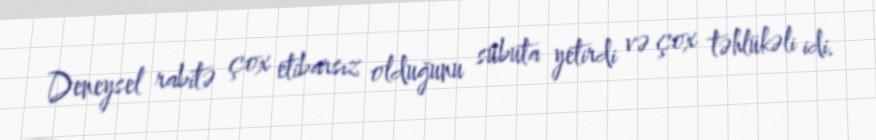
Deneysel rabitə çox etibarsız olduğunu sübuta yetirdi və çox təhlükəli idi.